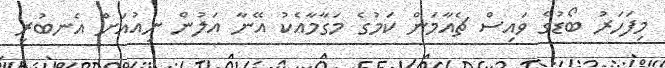
މިފަހަރު ބޯޑުގެ ވައިސް ޗެއާމަން ކަމުގެ މަގާމާއެކު އޭނާ އަލުން ނިއުއަށް އެނބުރި